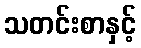
သတင်းစာနှင့်